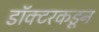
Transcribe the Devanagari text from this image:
डॉक्‍टरकडून